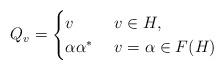
LaTeX: \begin{align*}Q_v & = \begin{cases}v & \ v\in H,\\\alpha\alpha^* & \ v=\alpha\in F(H) \end{cases}\end{align*}